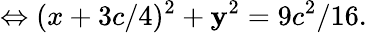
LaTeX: \Leftrightarrow(x+3c/4)^{2}+\mathbf{y}^{2}=9c^{2}/16.